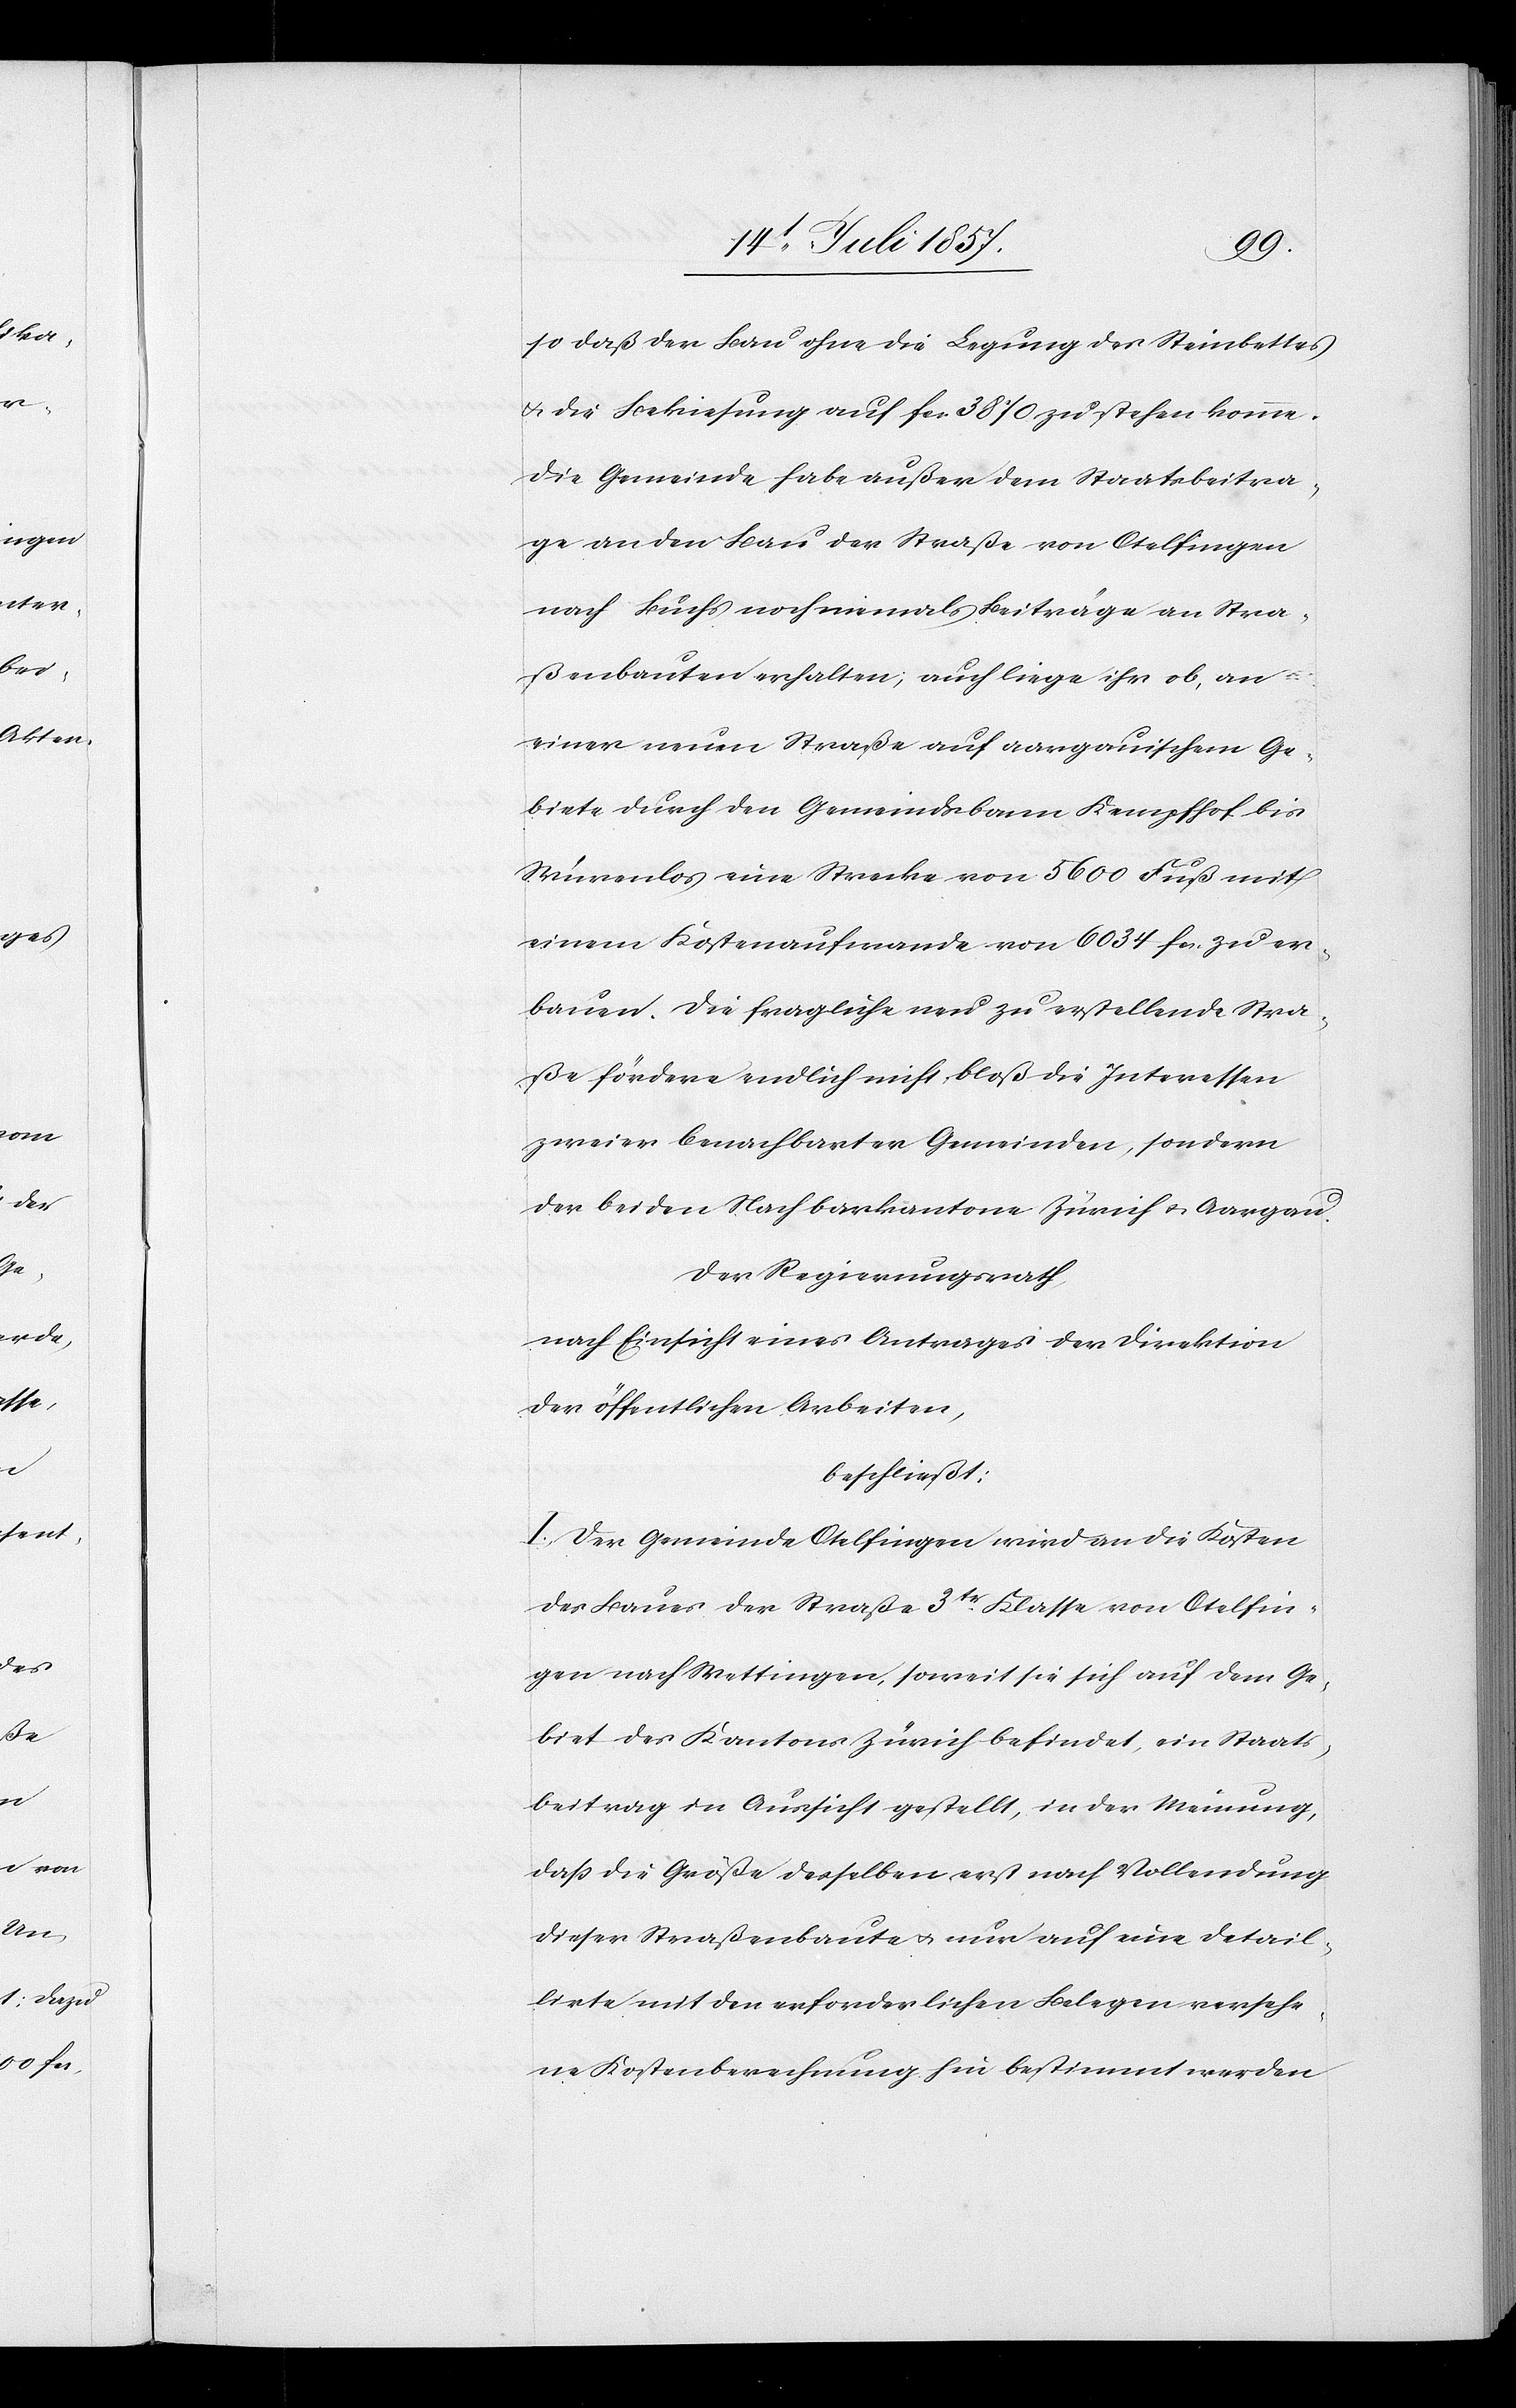
so daß der Bau ohne die Legung des Steinbettes
& die Bekiesung auf fcs 3 870 zu stehen komme.
Die Gemeinde habe außer dem Staatsbeitra¬
ge an den Bau der Straße von Otelfingen
nach Buchs noch niemals Beiträge an Stra¬
ßenbauten erhalten; auch liege ihr ob, an
einer neuen Straße auf aargauischem Ge¬
biete durch den Gemeindsbann Kempfhof bis
Würenlos eine Strecke von 5 600 Fuß mit
einem Kostenaufwande von 6 034 fcs. zu er¬
bauen. Die fragliche neu zu erstellende Stra¬
ße fördere endlich nicht bloß die Interessen
zweier benachbarter Gemeinden, sondern
der beiden Nachbarkantone Zürich & Aargau.
Der Regierungsrath,
nach Einsicht eines Antrages der Direktion
der öffentlichen Arbeiten,
beschließt:
I. Der Gemeinde Otelfingen wird an die Kosten
des Baues der Straße 3tr Klasse von Otelfin¬
gen nach Wettingen, soweit sie sich auf dem Ge¬
biet des Kantons Zürich befindet, ein Staats¬
beitrag in Aussicht gestellt, in der Meinung,
daß die Größe desselben erst nach Vollendung
dieser Straßenbaute & nur auf eine detail¬
lirte mit den erforderlichen Belegen versehe¬
ne Kostenberechnung hin bestimmt werden